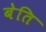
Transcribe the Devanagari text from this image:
बेति